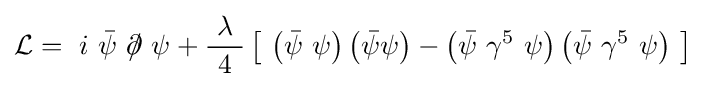
{\mathcal {L}}=\ i\ {\bar {\psi }}\ \partial \!\!\!/\ \psi +{\frac {\ \lambda \ }{4}}\left[\ \left({\bar {\psi }}\ \psi \right)\left({\bar {\psi }}\psi \right)-\left({\bar {\psi }}\ \gamma ^{5}\ \psi \right)\left({\bar {\psi }}\ \gamma ^{5}\ \psi \right)\ \right]